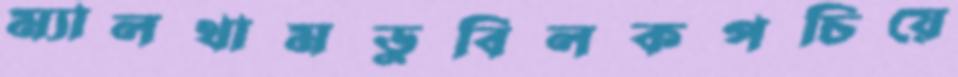
ম্যালথামডুবিলকপচিয়ে